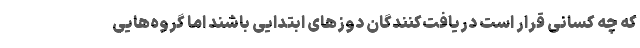
که چه کسانی قرار است دریافت‌کنندگان دوزهای ابتدایی باشند اما گروه‌هایی